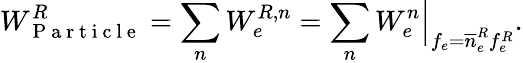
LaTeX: W_{\mathrm{~P~a~r~t~i~c~l~e~}}^{R}=\sum_{n}W_{e}^{R,n}=\sum_{n}W_{e}^{n}\Big|_{f_{e}=\overline{n}_{e}^{R}f_{e}^{R}}.